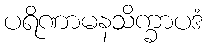
ပရိဏာမနသိက္ခာပဒံ